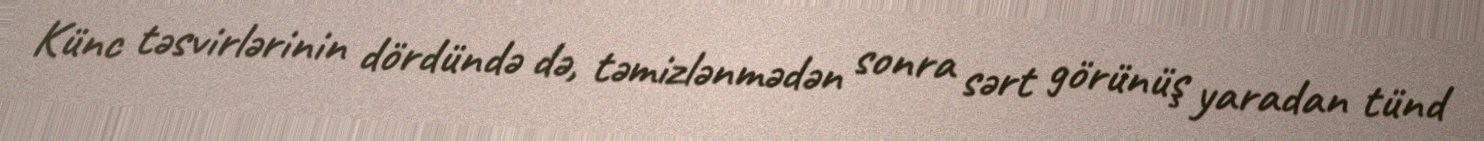
Künc təsvirlərinin dördündə də, təmizlənmədən sonra sərt görünüş yaradan tünd